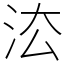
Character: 㳒